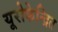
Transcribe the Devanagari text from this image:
यूरोकेन्द्रित